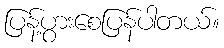
ပြန့်ပွားစေပြန်ပါတယ်။